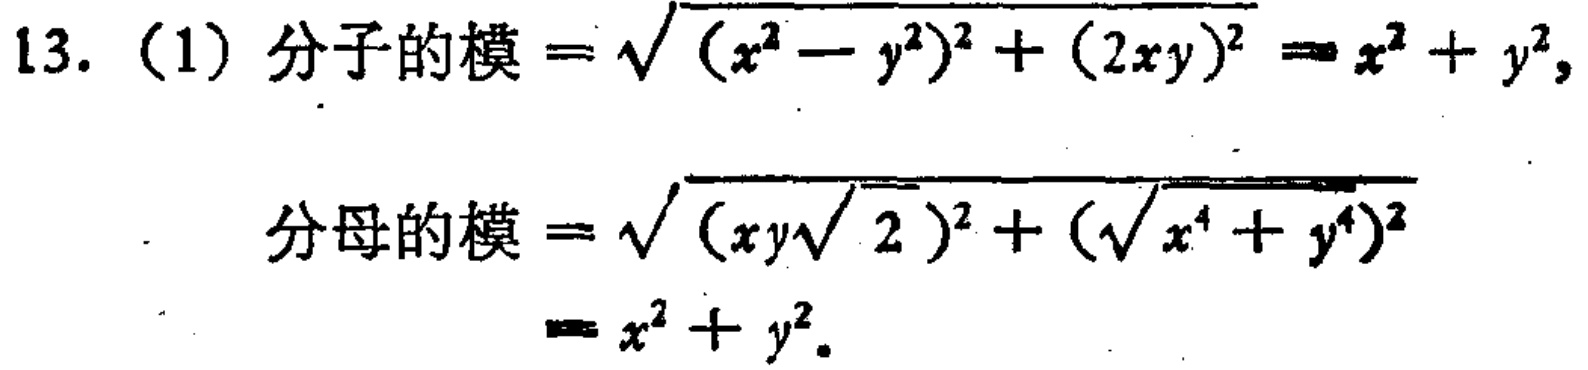
13. (1) 分子的模$=\sqrt{(x^{2}-y^{2})^{2}+(2xy)^{2}} = x^{2}+y^{2}$,

分母的模$=\sqrt{(xy\sqrt{2})^{2}+(\sqrt{x^{4}+y^{4}})^{2}} = x^{2}+y^{2}$.